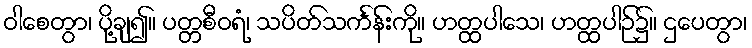
ဝါစေတွာ၊ ပို့ချ၍။ ပတ္တစီဝရံ၊ သပိတ်သင်္ကန်းကို။ ဟတ္ထပါသေ၊ ဟတ္ထပါဉ်၌။ ဌပေတွာ၊